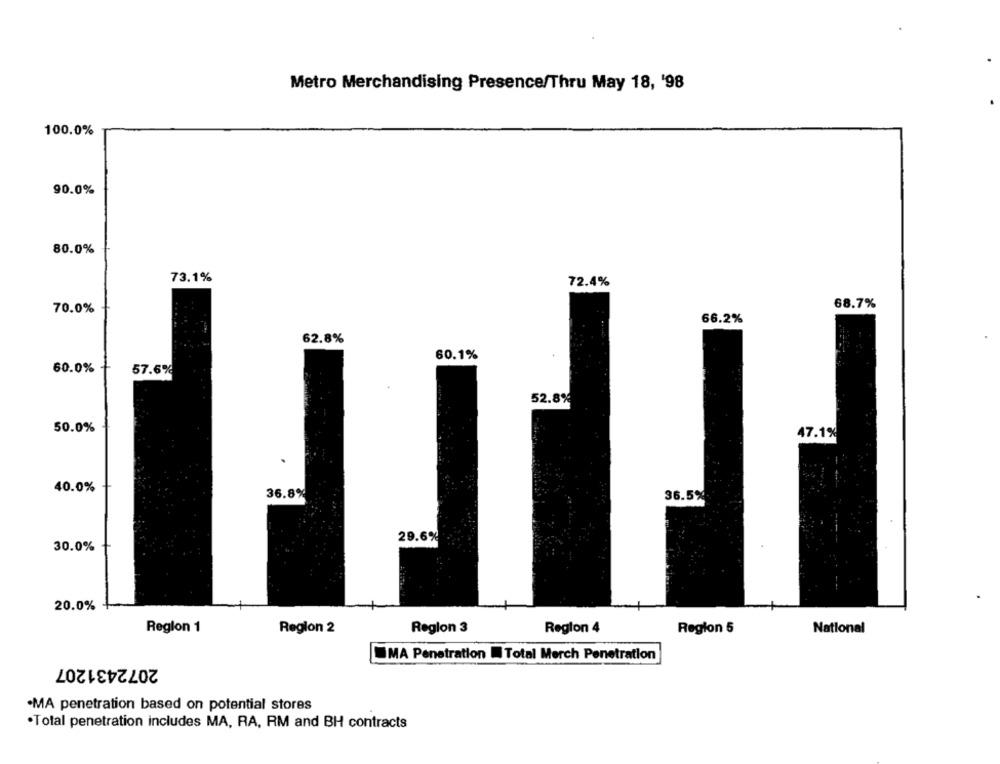
Metro Merchandising Presence/Thru May 18, '98
100.0%
90.0%
80.0%
73.1%
72.4%
68.7%
70.0%
66.2%
62.8%
60.1%
60.0%
57.6%
52.8%
50.0%
47.1%
40.0%
36.8%
36.5%
29.6%
30.0%
20.0%
Region 1
Region 2
Region 3
Region 4
Region 5
National
MA Penetration Total Merch Penetration
2072431207
.MA penetration based on potential stores
.Total penetration includes MA, RA, RM and BH contracts